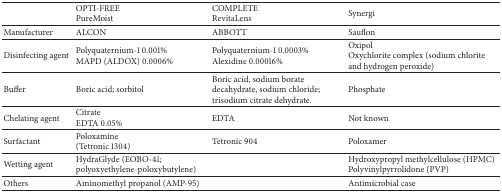
<table><thead><tr><td><b> </b></td><td><b>OPTI-FREE PureMoist</b></td><td><b>COMPLETE RevitaLens</b></td><td><b>Synergi</b></td></tr></thead><tbody><tr><td>Manufacturer</td><td>ALCON</td><td>ABBOTT</td><td>Sauflon</td></tr><tr><td>Disinfecting agent</td><td>Polyquaternium-1 0.001%MAPD (ALDOX) 0.0006%</td><td>Polyquaternium-1 0.0003% Alexidine 0.00016%</td><td>OxipolOxychlorite complex (sodium chlorite and hydrogen peroxide)</td></tr><tr><td>Buffer </td><td>Boric acid; sorbitol</td><td>Boric acid, sodium borate decahydrate, sodium chloride; trisodium citrate dehydrate.</td><td>Phosphate</td></tr><tr><td>Chelating agent</td><td>Citrate EDTA 0.05%</td><td>EDTA</td><td>Not known</td></tr><tr><td>Surfactant</td><td>Poloxamine (Tetronic 1304)</td><td>Tetronic 904</td><td>Poloxamer</td></tr><tr><td>Wetting agent</td><td>HydraGlyde (EOBO-41; polyoxyethylene-poloxybutylene)</td><td> </td><td>Hydroxypropyl methylcellulose (HPMC)Polyvinylpyrrolidone (PVP)</td></tr><tr><td>Others</td><td>Aminomethyl propanol (AMP-95)</td><td> </td><td>Antimicrobial case</td></tr></tbody></table>